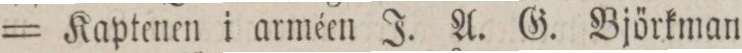
= Kaptenen i arméen J. A. G. Björkman